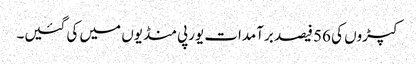
کپڑوں کی 56 فیصد برآمدات یورپی منڈیوں میں کی گئیں۔